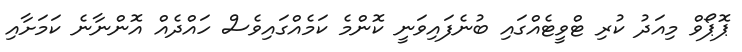
ޕޮޕޯވް މިއަދު ކުރި ޓްވީޓެއްގައި ބުނެފައިވަނީ ކޮންމެ ކަމެއްގައިވެސް ހައްދެއް އޮންނާނެ ކަމަށާއި